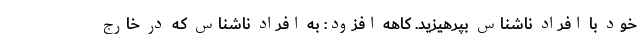
خود با افراد ناشناس بپرهیزید. کاهه افزود: به افراد ناشناس که در خارج